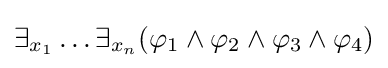
\exists _{x_{1}}\dots \exists _{x_{n}}(\varphi _{1}\land \varphi _{2}\land \varphi _{3}\land \varphi _{4})